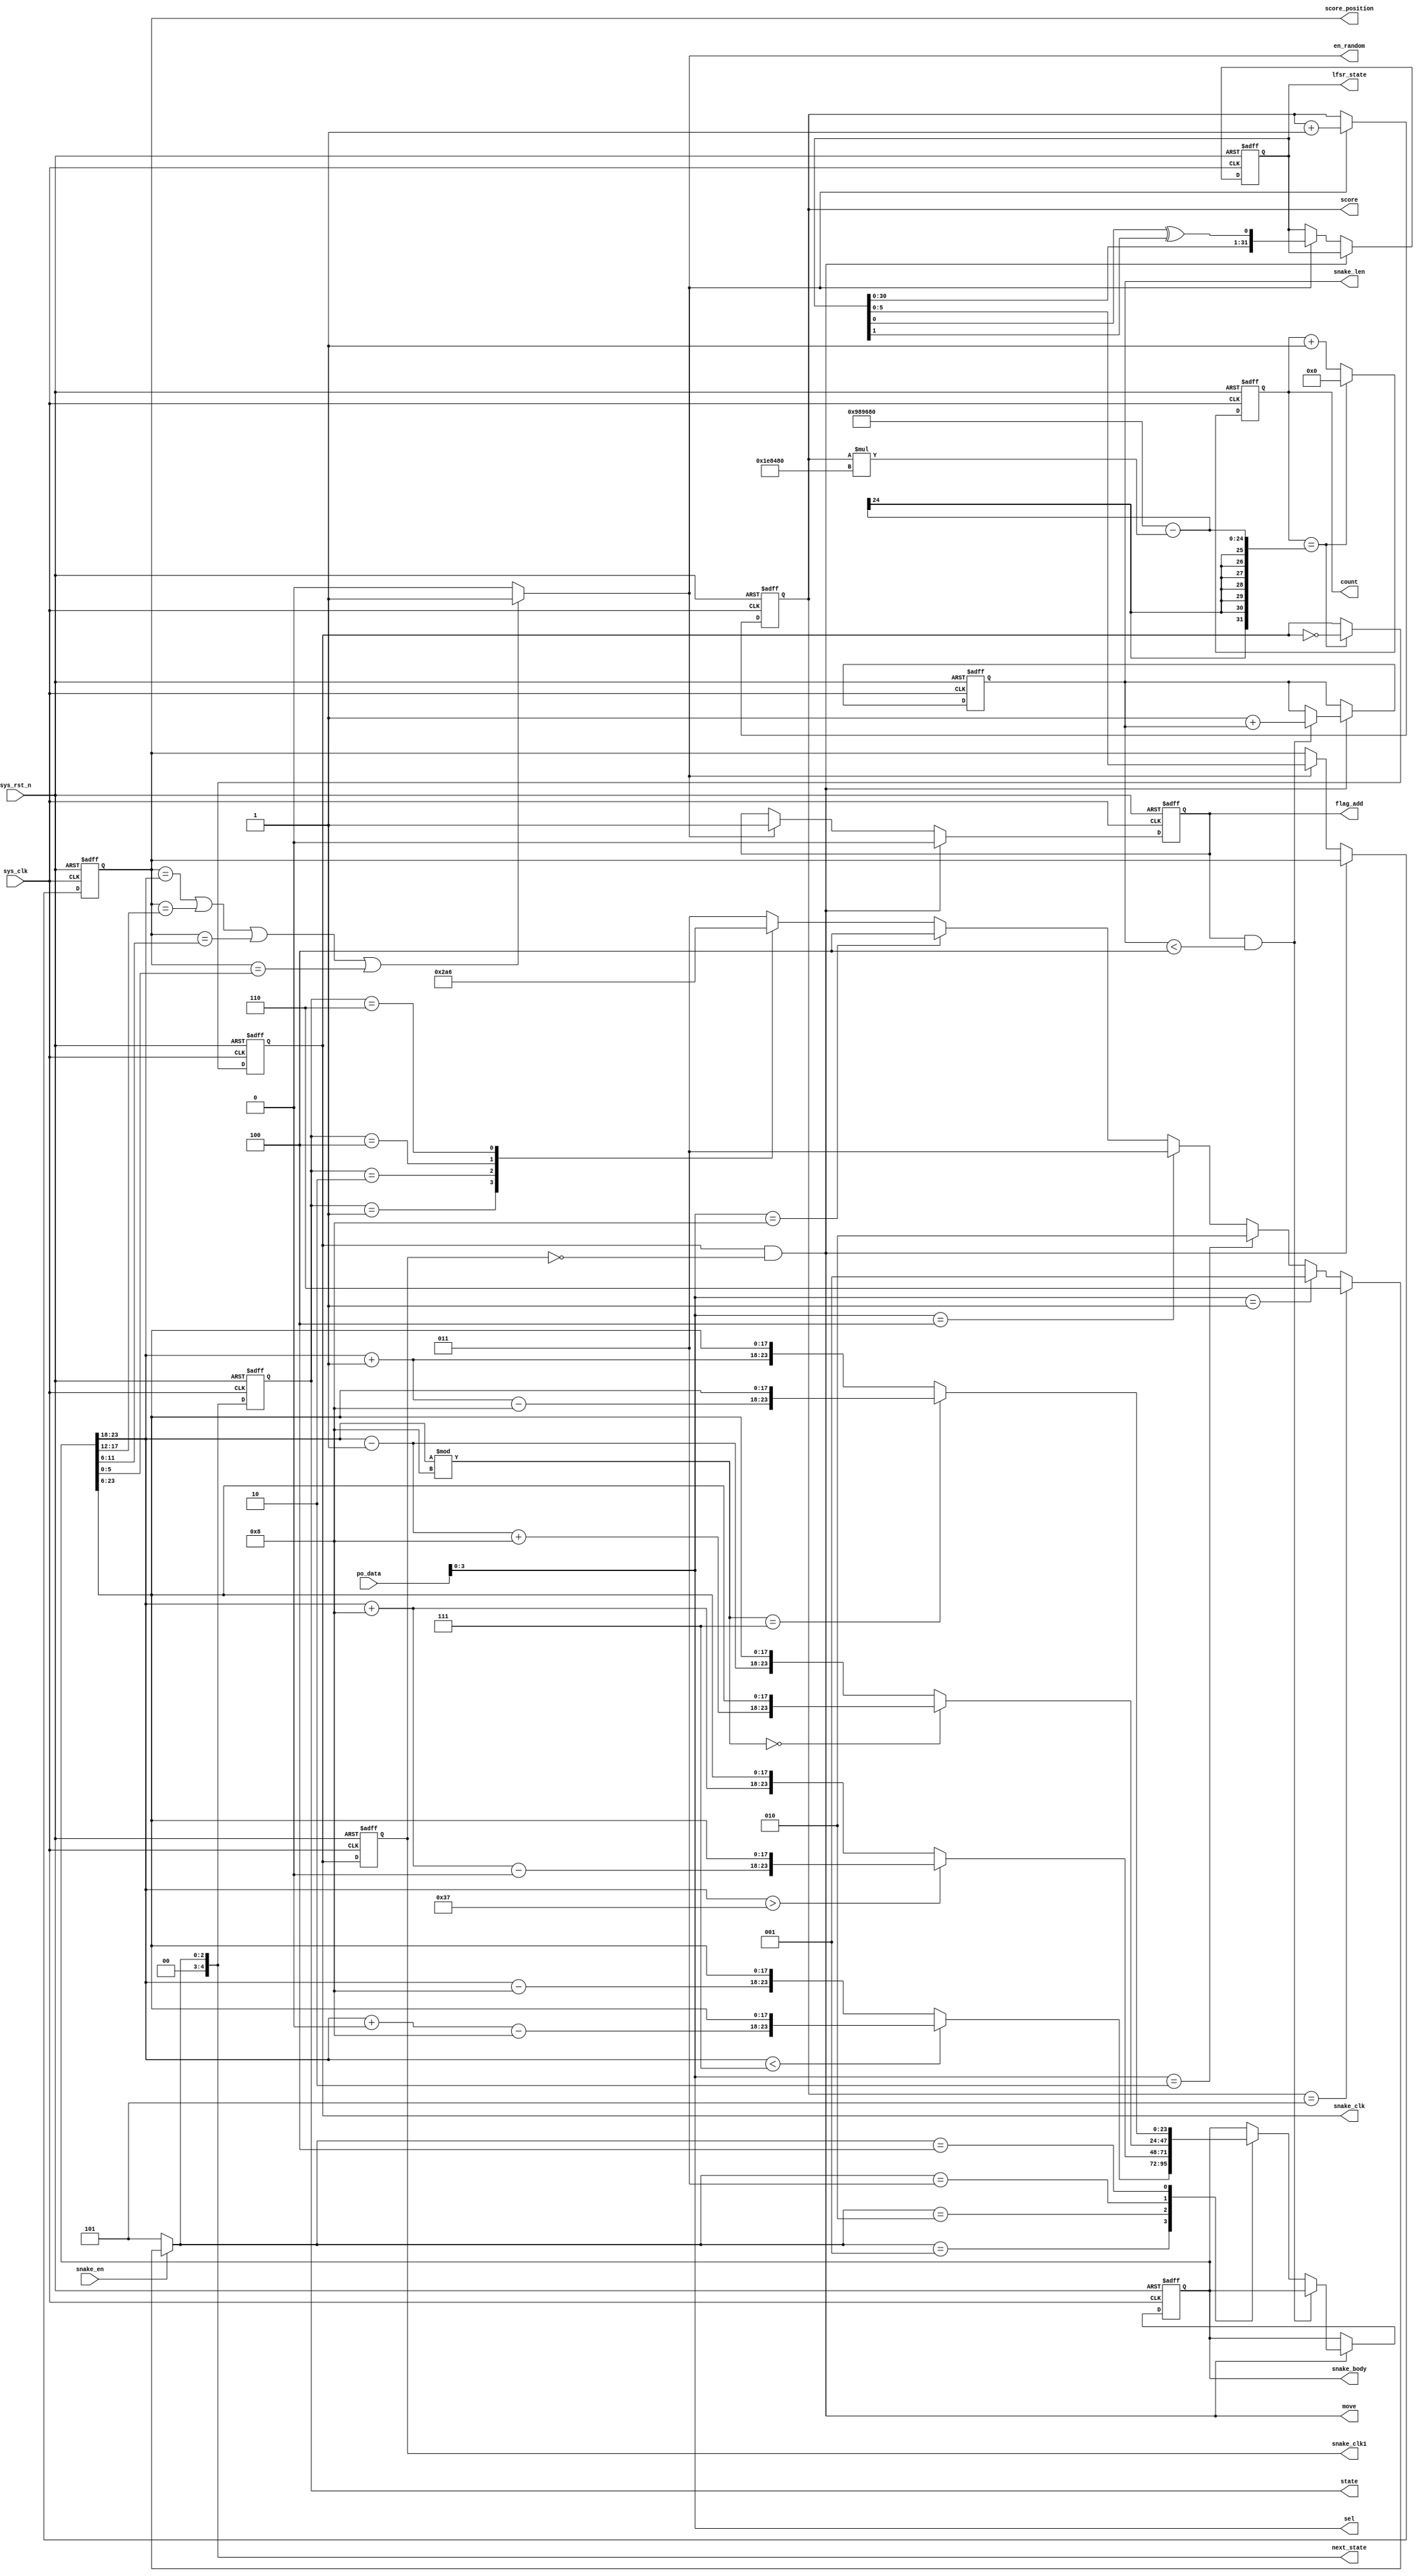
module my_snake(
    input sys_clk,
    input sys_rst_n,    // Freshly brainwashed Lemmings walk left.
	input 	wire	[7: 0]	po_data  		,
	input 	wire			snake_en		,
	output 	wire 	[3: 0] 	sel				,
	output 	wire 			move			,
    output 	reg  	[23:0] 	snake_body		,//4*6 = 24//[23:6]
	output 	reg 			snake_clk		,
	output 	reg 	[23:0]	count			,
	output 	reg 			snake_clk1		,
	output 	reg 	[4:0]	state			,
	output 	reg 	[4:0] 	next_state		,
	output 	reg 	[5:0] 	score_position	,
	output	reg		[2:0]	score			,
	output 	reg		 		flag_add		,
	output 			 		en_random  		,
	output	reg 	[31:0] 	lfsr_state		,
	output	reg 	[2:0]	snake_len			

	);  
	
	assign sel = po_data[3: 0];



    // parameter LEFT=0, RIGHT=1, ...
	parameter [4:0] 
					UP		=5'd1,
					DOWN	=5'd2,
					LEFT	=5'd3,
					RIGHT	=5'd4,
					START   =5'd5,
					WIN 	=5'd6;

	



	parameter CNT_500MS = 24'd10_000_000;//0.25ms设置为12_499_999就不行了
	wire end_cnt500ms;
	wire en_cnt500ms;

	wire [5:0] head_i3 ;
	wire [5:0] body_i2 ;
	wire [5:0] body_i1 ;
	wire [5:0] body_i0 ;
	assign head_i3 = snake_body[23:18]; 
	assign body_i2 = snake_body[17:12];
	assign body_i1 = snake_body[11:6];
	assign body_i0 = snake_body[5:0];
	//CNT_500MS - score * 2_000_000;
 	

	//伪随机数，随机生成分数红点的位置
	always @(posedge sys_clk or negedge sys_rst_n) begin
		if (!sys_rst_n)
		begin
			lfsr_state <= 32'h8a59467d; // 设置初始值为 32'h12345678
			score_position <= 6'd0;
			flag_add <= 0;
		end
		else if(move)begin
			flag_add <= 0;
		end
		else if(en_random)begin
			lfsr_state <= {lfsr_state[30:0], lfsr_state[0] ^ lfsr_state[1]};
			//lfsr_state <= {lfsr_state[0],lfsr_state[31:1]};

		// 输出随机数范围为 0 到 63
			score_position <= lfsr_state[5:0]; // 取 lfsr_state 的低 5 位作为随机数

			flag_add <= 1;
		end
		else begin
			score_position <= score_position;
			flag_add <= flag_add;
		end
	end
	//检测是否撞到得分红点
	assign en_random  = (
		score_position == head_i3 ||
	 	score_position == body_i2 || 
		score_position == body_i1 || 
		score_position == body_i0
		)?  1 : 0;
	

	always @(posedge sys_clk or negedge sys_rst_n)begin//组合不可以，时序可以？
		if(!sys_rst_n) score <= 0;
		else if(en_random)begin
			score <= score + 1;
		end
		else begin
			score <= score;
		end
	end
	always @(posedge sys_clk or negedge sys_rst_n) begin
	if (!sys_rst_n) begin
		count <= 0;
		snake_clk <= 0;
	end
	else begin
		if (en_cnt500ms) begin
		if (end_cnt500ms) begin
			count <= 0;
			snake_clk <= ~snake_clk;
		end 
		else begin
			count <= count + 1;
		end
		end
	end
	end
	assign en_cnt500ms = 1;
	assign end_cnt500ms = en_cnt500ms && (count == CNT_500MS - (score * 2_000_000));


	always @(posedge sys_clk or negedge sys_rst_n)begin
		if(!sys_rst_n)begin
			snake_clk1 <= 0;
		end
		else begin
			snake_clk1 <= snake_clk; 
		end
	end
	assign move = snake_clk && ~snake_clk1;

    always @(posedge sys_clk or negedge sys_rst_n) begin
        // State transition logic
		if(!sys_rst_n)begin
			state <= START;
		end
		else begin
			state <= next_state;
		end
    end


	always @(*) begin
		if(snake_en == 1'b1) begin
		if(score == 3'd5)begin
			next_state = WIN;
		end 
		else if(sel == 4'b0001)begin
		next_state = UP;
		end
		else if(sel == 4'b0010)begin
		next_state = DOWN;
		end
		else if(sel == 4'b0100)begin
		next_state = LEFT;
		end
		else if(sel == 4'b1000)begin
		next_state = RIGHT;
		end
		else begin
			case (state)
			START:begin
				if(snake_en== 1'b1)next_state = LEFT;
				else  next_state = START;
			end
			UP:begin

				next_state = UP;
			end 
			DOWN:begin
				next_state = DOWN;
			end
			LEFT:begin
				next_state = LEFT;
			end
			RIGHT:begin
				next_state = RIGHT;
			end
			WIN:begin
				next_state = WIN;
			end
			default:next_state = LEFT;
		endcase
		end
		end
		else begin
			next_state = START;
		end

	end

    always @(posedge sys_clk or negedge sys_rst_n) begin
        // State flip-flops with asynchronous reset
		if(!sys_rst_n)begin
			snake_body <= {6'd15,6'd15,6'd15,6'd15};
			snake_len <= 3'd1;
		end
		else if(move ) begin
			if(flag_add && snake_len < 4)begin//最长为4，可以加长1222
				snake_len <= 3'd1 + snake_len;
			end
			else begin
			case (next_state)
			START:begin 
			end
			UP:begin

					if(head_i3		<7)snake_body 	<= {head_i3+64-8,snake_body[23:6]};
					else if(body_i2 <7)snake_body 	<= {head_i3-8,head_i3,snake_body[17:6]};///1076
					else if(body_i1 <7)snake_body 	<= {head_i3-8,head_i3,body_i2,snake_body[11:6]};//2107
					else if(body_i0 <7)snake_body 	<= {head_i3-8,head_i3,body_i2,body_i1};
					
					else snake_body <= {head_i3-8,snake_body[23:6]};
			end
			DOWN:begin
					if(head_i3 		 > 55)snake_body <= {head_i3+8-64,snake_body[23:6]};
					else if(body_i2  > 55)snake_body <= {head_i3+8,head_i3,snake_body[17:6]};///1076
					else if(body_i1  > 55)snake_body <= {head_i3+8,head_i3,body_i2,snake_body[11:6]};//2107
					else if(body_i0  > 55)snake_body <= {head_i3+8,head_i3,body_i2,body_i1};
					
					else snake_body <= {head_i3+8,snake_body[23:6]};

			end
			LEFT:begin
					if(head_i3 % 8 == 0)snake_body 		<= {head_i3-1+8,snake_body[23:6]};
					else if(body_i2 % 8 == 0)snake_body <= {head_i3-1,head_i3,snake_body[17:6]};///1076
					else if(body_i1 % 8 == 0)snake_body <= {head_i3-1,head_i3,body_i2,snake_body[11:6]};//2107
					else if(body_i0 % 8 == 0)snake_body <= {head_i3-1,head_i3,body_i2,body_i1};
					else snake_body <= {head_i3-1,snake_body[23:6]};
			end
			RIGHT:begin
					if(head_i3 		% 8 == 7)snake_body	<= {head_i3+1-8,snake_body[23:6]};//0765
					else if(body_i2 % 8 == 7)snake_body <= {head_i3+1,head_i3,snake_body[17:6]};///1076
					else if(body_i1 % 8 == 7)snake_body <= {head_i3+1,head_i3,body_i2,snake_body[11:6]};//2107
					else if(body_i0 % 8 == 7)snake_body <= {head_i3+1,head_i3,body_i2,body_i1};
					else snake_body <= {head_i3+1,snake_body[23:6]};
			end
			WIN:begin
			end
			default:begin 
				snake_body <= snake_body;
			end
			endcase
		end
		end
		else snake_body <= snake_body;
    end

endmodule